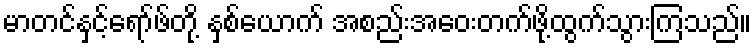
မာတင်နှင့်ရော်ဖ်တို့ နှစ်ယောက် အစည်းအဝေးတက်ဖို့ထွက်သွားကြသည်။